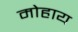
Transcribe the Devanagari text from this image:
मोहाय